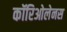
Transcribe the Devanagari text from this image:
कॉरिओलेनस